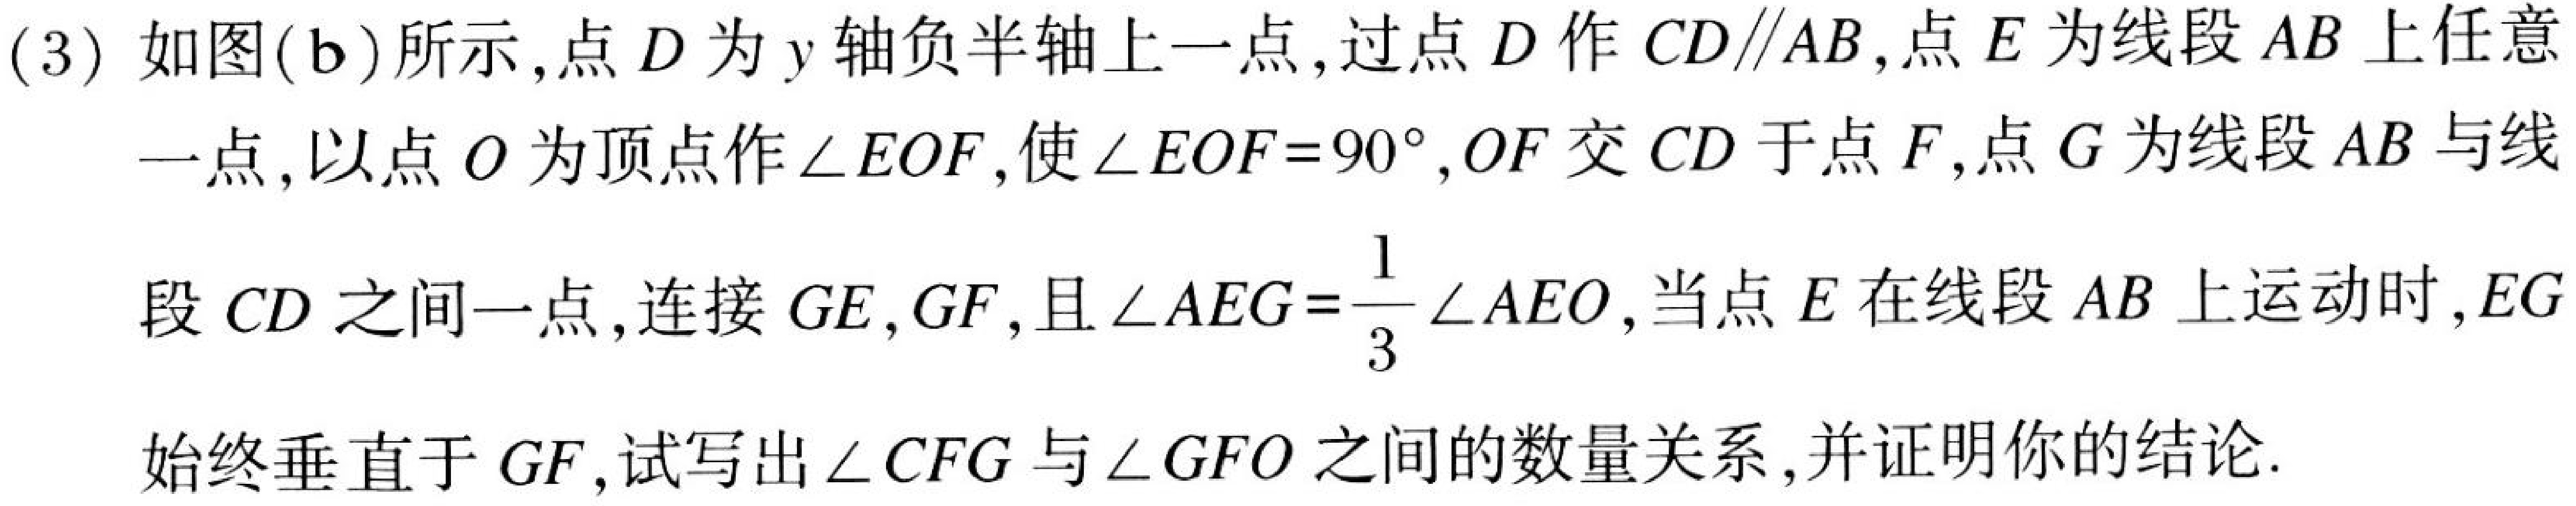
(3) 如图(\(b\))所示,点\(D\)为\(y\)轴负半轴上一点,过点\(D\)作\(CD\parallel AB\),点\(E\)为线段\(AB\)上任意
一点,以点\(O\)为顶点作\(\angle EOF\),使\(\angle EOF = 90^{\circ},OF\)交\(CD\)于点\(F\),点\(G\)为线段\(AB\)与线
段\(CD\)之间一点,连接\(GE,GF\),且\(\angle AEG=\dfrac{1}{3}\angle AEO\),当点\(E\)在线段\(AB\)上运动时,\(EG\)
始终垂直于\(GF\),试写出\(\angle CFG\)与\(\angle GFO\)之间的数量关系,并证明你的结论.